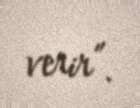
verir”.